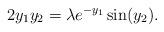
LaTeX: \begin{align*} 2 y_1 y_2 = \lambda e^{-y_1} \sin (y_2). \end{align*}